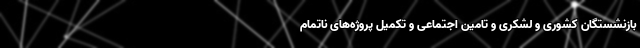
بازنشستگان کشوری و لشکری و تامین اجتماعی و تکمیل پروژه‌های ناتمام